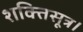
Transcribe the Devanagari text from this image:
शक्तिसूत्र।